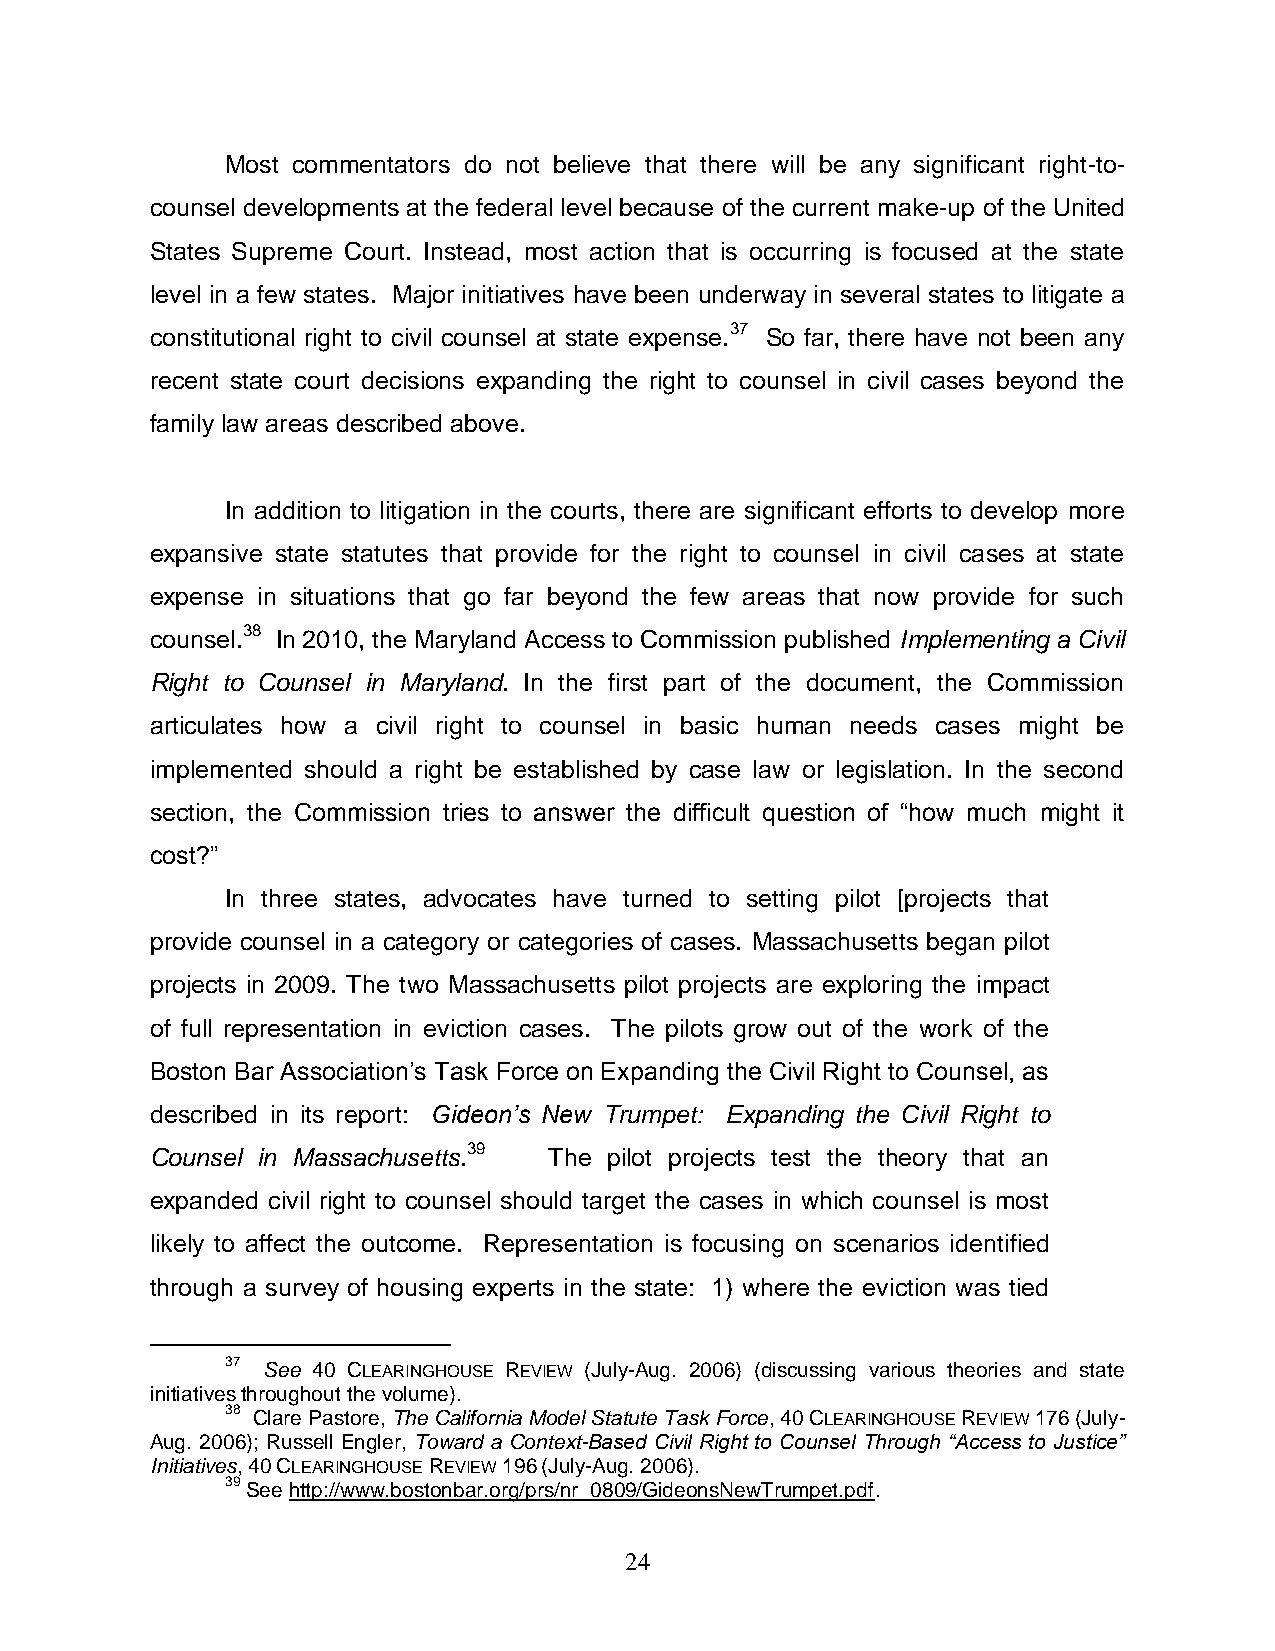
Most commentators do not believe that there will be any significant right-to-
 counsel developments at the federal level because of the current make-up of the United
 States Supreme Court. Instead, most action that is occurring is focused at the state
 level in a few states. Major initiatives have been underway in several states to litigate a
 constitutional right to civil counsel at state expense.37 So far, there have not been any
 recent state court decisions expanding the right to counsel in civil cases beyond the
 family law areas described above.
 In addition to litigation in the courts, there are significant efforts to develop more
 expansive state statutes that provide for the right to counsel in civil cases at state
 expense in situations that go far beyond the few areas that now provide for such
 counsel.38 In 2010, the Maryland Access to Commission published Implementing a Civil
 Right to Counsel in Maryland. In the first part of the document, the Commission
 articulates how a civil right to counsel in basic human needs cases might be
 implemented should a right be established by case law or legislation. In the second
 section, the Commission tries to answer the difficult question of ―how much might it
 cost?‖
 In three states, advocates have turned to setting pilot [projects that
 provide counsel in a category or categories of cases. Massachusetts began pilot
 projects in 2009. The two Massachusetts pilot projects are exploring the impact
 of full representation in eviction cases. The pilots grow out of the work of the
 Boston Bar Association’s Task Force on Expanding the Civil Right to Counsel, as
 described in its report: Gideon’s New Trumpet: Expanding the Civil Right to
 Counsel in Massachusetts.39 The pilot projects test the theory that an
 expanded civil right to counsel should target the cases in which counsel is most
 likely to affect the outcome. Representation is focusing on scenarios identified
 through a survey of housing experts in the state: 1) where the eviction was tied
 37 See 40 CLEARINGHOUSE REVIEW (July-Aug. 2006) (discussing various theories and state
 initiatives throughout the volume).
 38 Clare Pastore, The California Model Statute Task Force, 40 CLEARINGHOUSE REVIEW 176 (July-
 Aug. 2006); Russell Engler, Toward a Context-Based Civil Right to Counsel Through “Access to Justice”
 Initiatives, 40 CLEARINGHOUSE REVIEW 196 (July-Aug. 2006).
 39 See http://www.bostonbar.org/prs/nr_0809/GideonsNewTrumpet.pdf.
 24